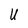
Character: U